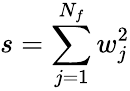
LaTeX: s=\sum_{j=1}^{N_{f}}w_{j}^{2}